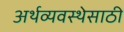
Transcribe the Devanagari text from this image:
अर्थव्यवस्थेसाठी